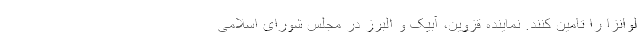
لوانزا را تامین کنند. نماینده قزوین، آبیک و البرز در مجلس شورای اسلامی